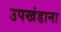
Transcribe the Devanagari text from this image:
उपखंडाना